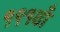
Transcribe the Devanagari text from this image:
१९१वाँ